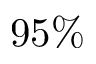
9 5 \%